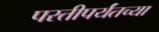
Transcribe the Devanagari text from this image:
परतीपर्यंतच्या